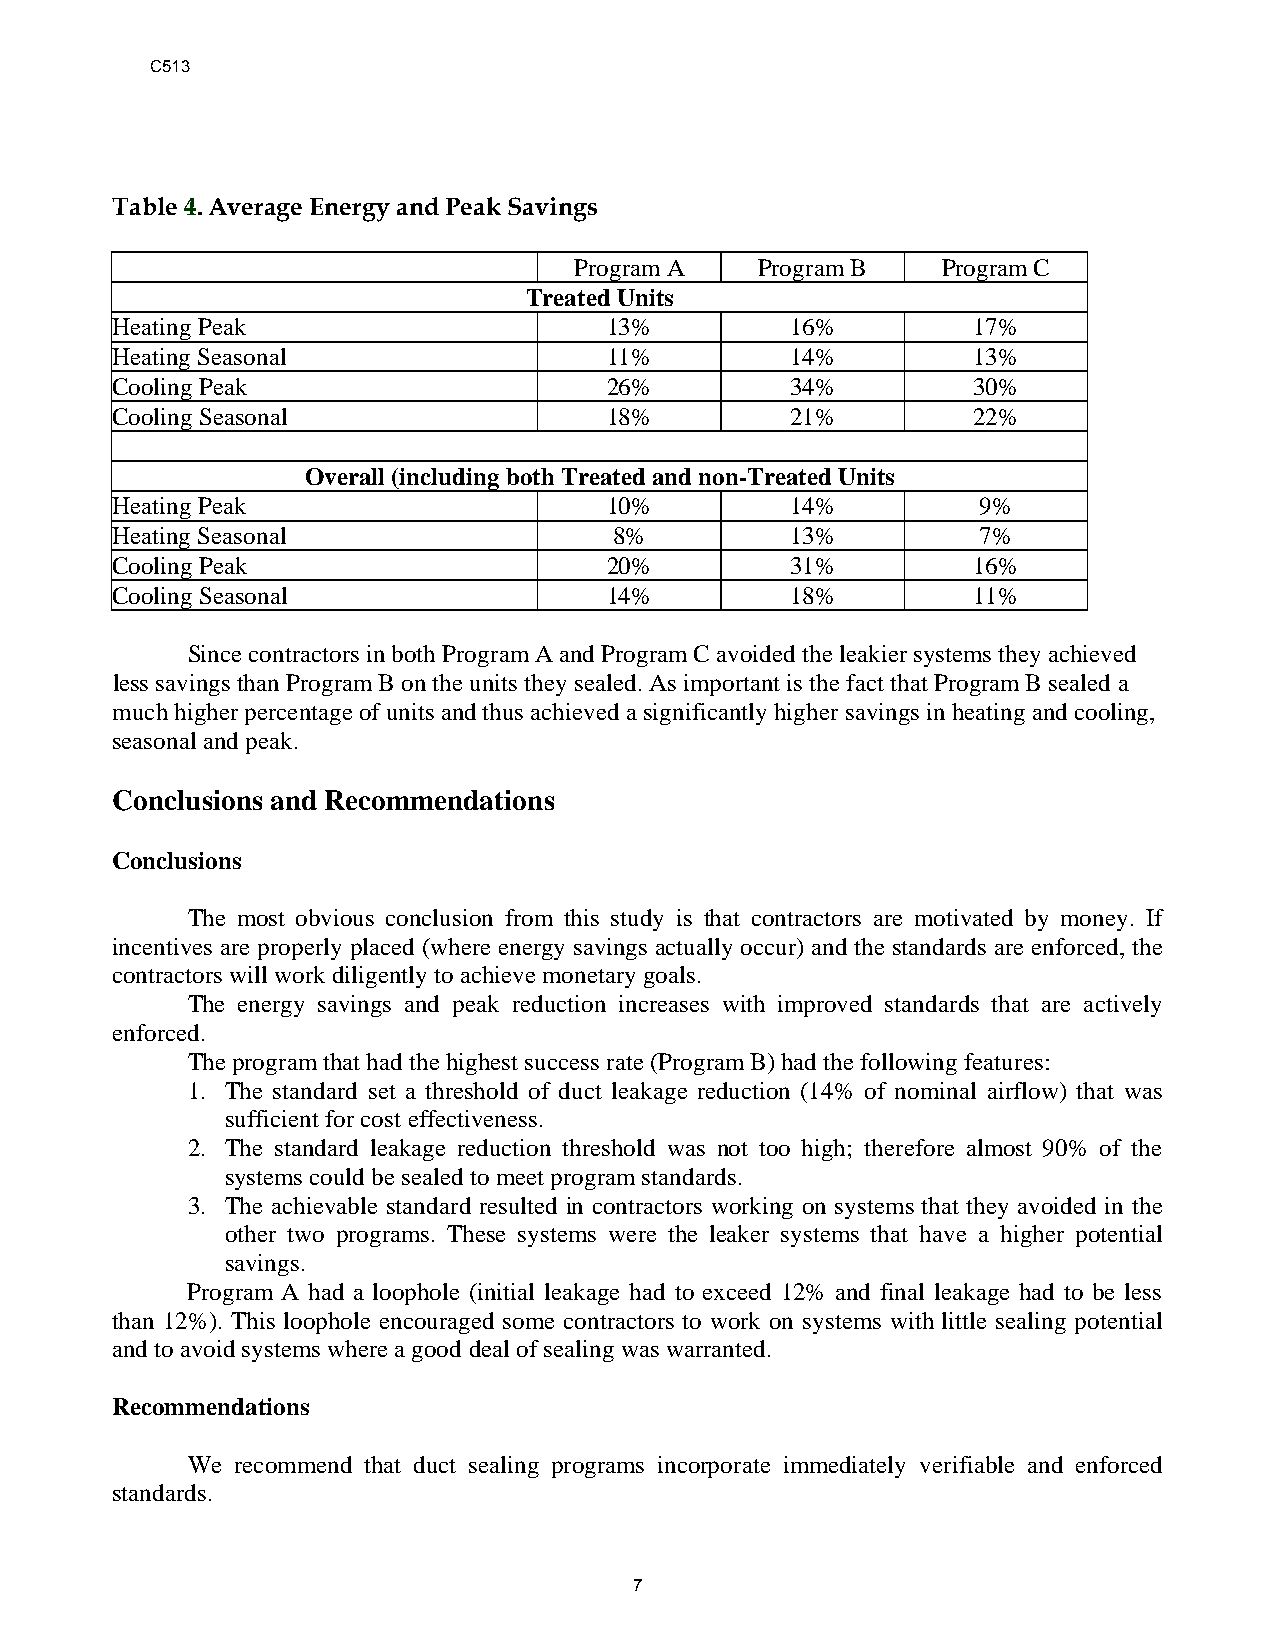
C513
 Table 4. Average Energy and Peak Savings
 Program A   Program B   Program C
 Treated Units
 Heating Peak                     13%         16%         17%
 Heating Seasonal                 11%         14%         13%
 Cooling Peak                     26%         34%         30%
 Cooling Seasonal                 18%         21%         22%
 Overall (including both Treated and non-Treated Units
 Heating Peak                     10%         14%          9%
 Heating Seasonal                  8%         13%          7%
 Cooling Peak                     20%         31%         16%
 Cooling Seasonal                 14%         18%         11%
 Since contractors in both Program A and Program C avoided the leakier systems they achieved
 less savings than Program B on the units they sealed. As important is the fact that Program B sealed a
 much higher percentage of units and thus achieved a significantly higher savings in heating and cooling,
 seasonal and peak.
 Conclusions and Recommendations
 Conclusions
 The most obvious conclusion from this study is that contractors are motivated by money. If
 incentives are properly placed (where energy savings actually occur) and the standards are enforced, the
 contractors will work diligently to achieve monetary goals.
 The energy savings and peak reduction increases with improved standards that are actively
 enforced.
 The program that had the highest success rate (Program B) had the following features:
 1. The standard set a threshold of duct leakage reduction (14% of nominal airflow) that was
 sufficient for cost effectiveness.
 2. The standard leakage reduction threshold was not too high; therefore almost 90% of the
 systems could be sealed to meet program standards.
 3. The achievable standard resulted in contractors working on systems that they avoided in the
 other two programs. These systems were the leaker systems that have a higher potential
 savings.
 Program A had a loophole (initial leakage had to exceed 12% and final leakage had to be less
 than 12%). This loophole encouraged some contractors to work on systems with little sealing potential
 and to avoid systems where a good deal of sealing was warranted.
 Recommendations
 We recommend that duct sealing programs incorporate immediately verifiable and enforced
 standards.
 7